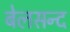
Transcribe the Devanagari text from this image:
बेलसन्द